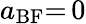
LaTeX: a_{\mathrm{BF}}{=}\, 0